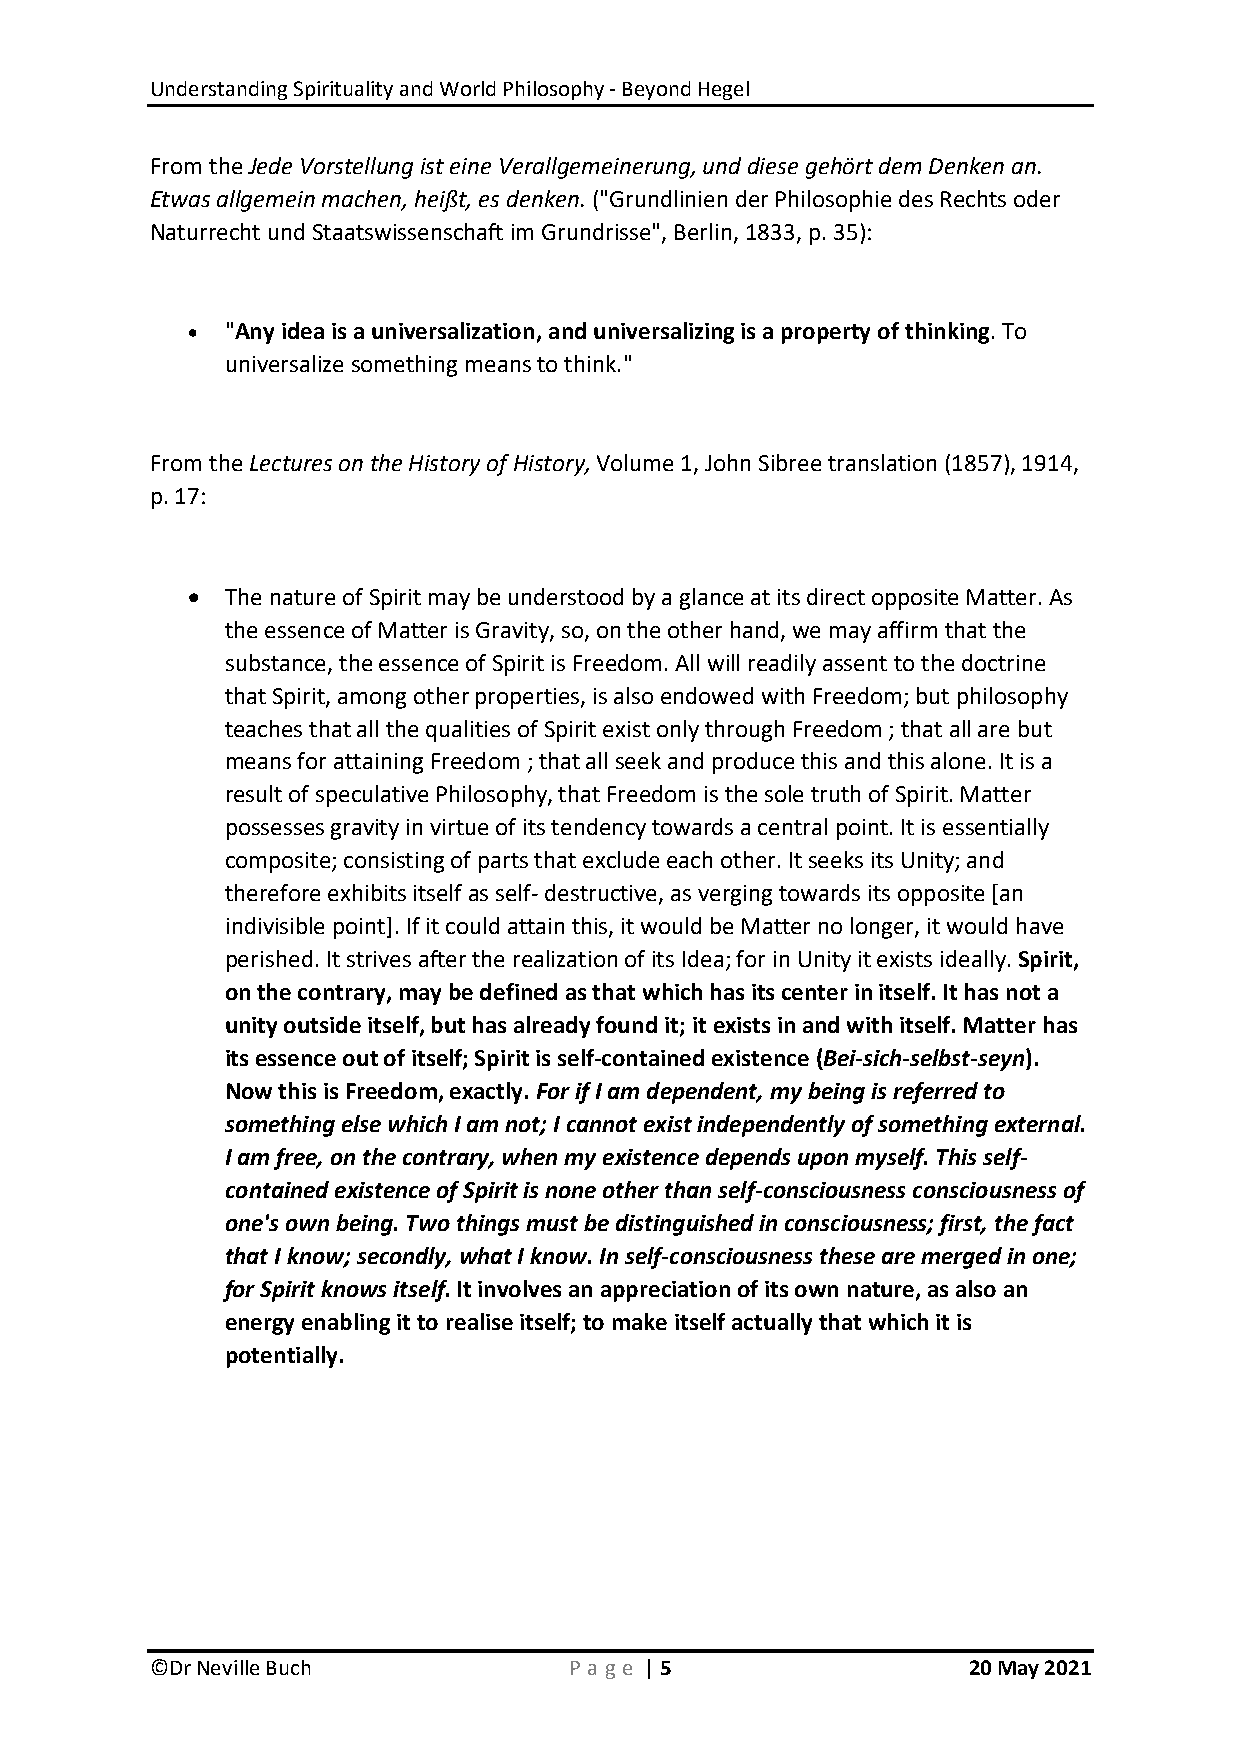
Understanding Spirituality and World Philosophy - Beyond Hegel
 From the Jede Vorstellung ist eine Verallgemeinerung, und diese gehört dem Denken an.
 Etwas allgemein machen, heißt, es denken. ("Grundlinien der Philosophie des Rechts oder
 Naturrecht und Staatswissenschaft im Grundrisse", Berlin, 1833, p. 35):
   "Any idea is a universalization, and universalizing is a property of thinking. To
 universalize something means to think."
 From the Lectures on the History of History, Volume 1, John Sibree translation (1857), 1914,
 p. 17:
   The nature of Spirit may be understood by a glance at its direct opposite Matter. As
 the essence of Matter is Gravity, so, on the other hand, we may affirm that the
 substance, the essence of Spirit is Freedom. All will readily assent to the doctrine
 that Spirit, among other properties, is also endowed with Freedom; but philosophy
 teaches that all the qualities of Spirit exist only through Freedom ; that all are but
 means for attaining Freedom ; that all seek and produce this and this alone. It is a
 result of speculative Philosophy, that Freedom is the sole truth of Spirit. Matter
 possesses gravity in virtue of its tendency towards a central point. It is essentially
 composite; consisting of parts that exclude each other. It seeks its Unity; and
 therefore exhibits itself as self- destructive, as verging towards its opposite [an
 indivisible point]. If it could attain this, it would be Matter no longer, it would have
 perished. It strives after the realization of its Idea; for in Unity it exists ideally. Spirit,
 on the contrary, may be defined as that which has its center in itself. It has not a
 unity outside itself, but has already found it; it exists in and with itself. Matter has
 its essence out of itself; Spirit is self-contained existence (Bei-sich-selbst-seyn).
 Now this is Freedom, exactly. For if I am dependent, my being is referred to
 something else which I am not; I cannot exist independently of something external.
 I am free, on the contrary, when my existence depends upon myself. This self-
 contained existence of Spirit is none other than self-consciousness consciousness of
 one's own being. Two things must be distinguished in consciousness; first, the fact
 that I know; secondly, what I know. In self-consciousness these are merged in one;
 for Spirit knows itself. It involves an appreciation of its own nature, as also an
 energy enabling it to realise itself; to make itself actually that which it is
 potentially.
 ©Dr Neville Buch            P age | 5                 20 May 2021